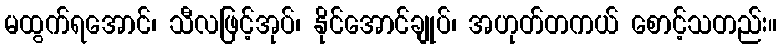
မထွက်ရအောင်၊ သီလဖြင့်အုပ်၊ နိုင်အောင်ချုပ်၊ အဟုတ်တကယ် စောင့်သတည်း။